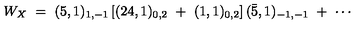
W _ { X } \ = \ ( 5 , 1 ) _ { 1 , - 1 } \left[ ( 2 4 , 1 ) _ { 0 , 2 } \ + \ ( 1 , 1 ) _ { 0 , 2 } \right] ( { \bar { 5 } } , 1 ) _ { - 1 , - 1 } \ + \ \cdots